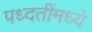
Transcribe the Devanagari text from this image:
पध्दतींमध्ये